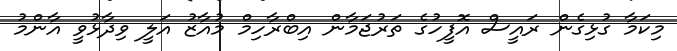
މިކަމާ ގުޅިގެން ރައީސް އޮފީހުގެ ތަރުޖަމާން އިބްރާހިމް މުއާޒު އަލީ ވިދާޅުވީ އާންމު